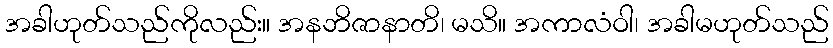
အခါဟုတ်သည်ကိုလည်း။ အနဘိဇာနာတိ၊ မသိ။ အကာလံဝါ၊ အခါမဟုတ်သည်